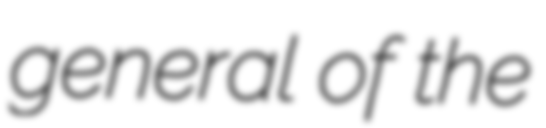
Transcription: general of the